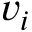
v _ { i }